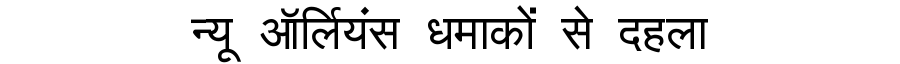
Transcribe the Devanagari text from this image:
न्यू ऑर्लियंस धमाकों से दहला